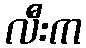
လီးက